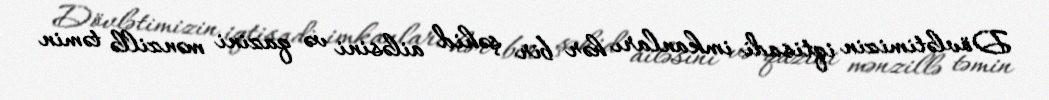
Dövlətimizin iqtisadi imkanları hər bir şəhid ailəsini və qazini mənzillə təmin